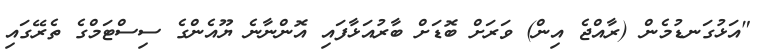
"އަޅުގަނޑުމެން (ރާއްޖެ އިން) ވަރަށް ބޮޑަށް ބާރުއަޅާފައި އޮންނާނެ ޔޫއެންގެ ސިސްޓަމްގެ ތެރޭގައި